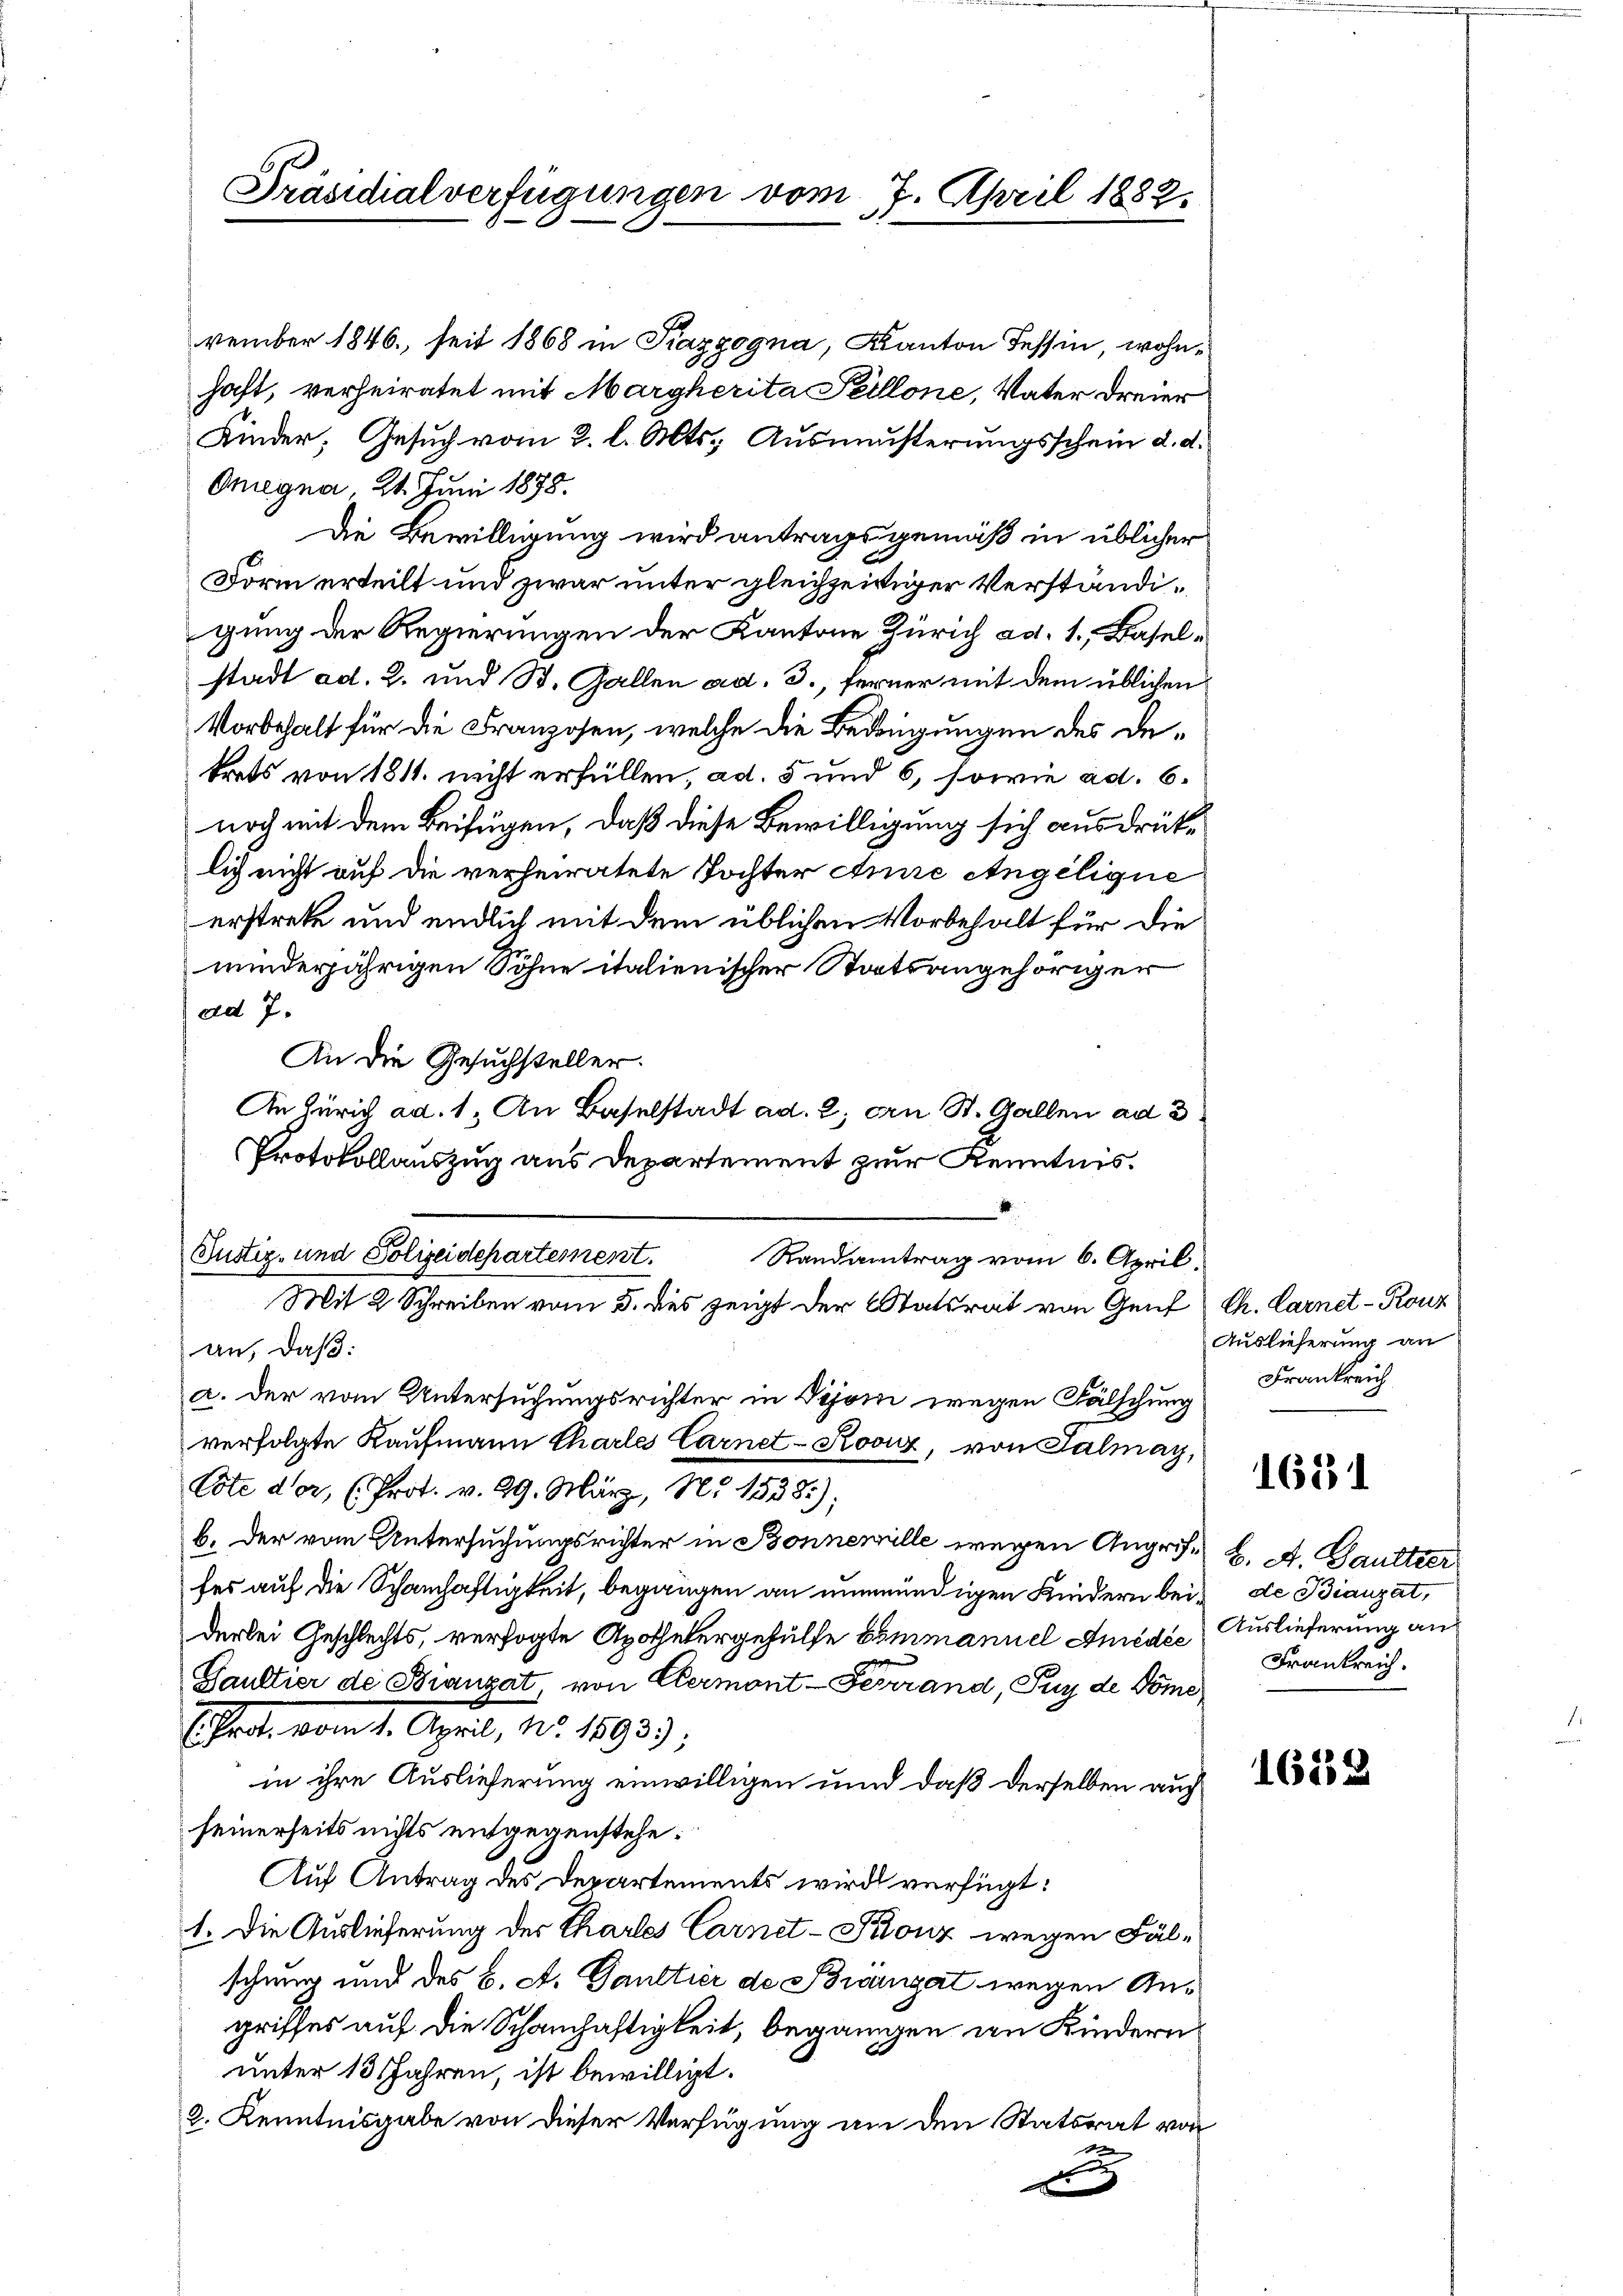
Präsidialverfügungen vom 7. April 1882.

vember 1846, seit 1868 in Piazzogna, Kanton Tessin, wohnhaft, verheiratet mit Margherita Peillone, Vater dreier
Onegna, 24. Juni 1878.
Form erteilt und zwar unter gleichzeitiger Verständigung der Regierungen der Kantone Zürich ad 1., Baselstadt ad. 2. und St. Gallen ad. 3., ferner mit dem üblichen
Vorbehalt für die Franzosen, welche die Bedingungen des Deerstrete und endlich mit dem üblichen Vorbehalt für die
minderjährigen Söhne italienischer Statsangehöriger
ad 7.
An die Gesuchsteller.
Tustiz- und Polizeidepartement.
Randantrag vom 6. April.
Mit 2 Schreiben vom 5. des zeigt der Statsrat von Genf
an, daß:
a. der vom Untersuchungsrichter in Vijoni wegen Fälschung
verfolgte Kaufmann Chartes Carnet-Roviz, von Salmay,
Cote der, (Prot. v. 29. März, No 1538);
b. der vom Untersuchungsrichter in Bonnemille wegen Augen. K. A. Gaultier
fes auf die Schanhaftigkeit, begangen an unmündigen Kindern bei de Bianzat,
derlei Geschlechts, versagte Apothekergehülfe sommanuel Amédés Auslieferung an
Saultier de Branzat, von Clermont-Ferrand, Puy de Dome
Echrot vom 1. April, No. 1893);
in ihre Auslieferung einwilligen und daß derselben auch
seinerseits nichts entgegenstehe.
Auf Antrag des Departements wird verfügt:
1. Die Auslieferung der Chartes Carnet - Konz wegen Fälschung und des B. A. Ganttier de Bröngat wegen Angriffes auf die Schanhaftigkeit, begangen in Kindern
unter 13 Jahren, ist bewilligt.
2. Kenntnisgabe von dieser Verfügung an den Statsrat von
F

Kinder, Gesuch vom 2. l. Mts. Ausmästerungsschein d. d.
Die Bewilligung wird antragsgemäß in üblicher
trats von 1811. nicht erfüllen, ad. 5 und 6, sowie ad. 6.
noch mit dem Beifügen, daß diese Bewilligung sich ausdrücklich nicht auf die verheiratete Tochter die Angelique
An Zürich ad. 1. An Baselstadt ad. 2, an St. Gallen ad 3
Protokollauszug aus Departement zur Kenntnis.

Ch. Carnet - Konz
Auslieferung an
Frankreich

1621

Frankreich.

1613